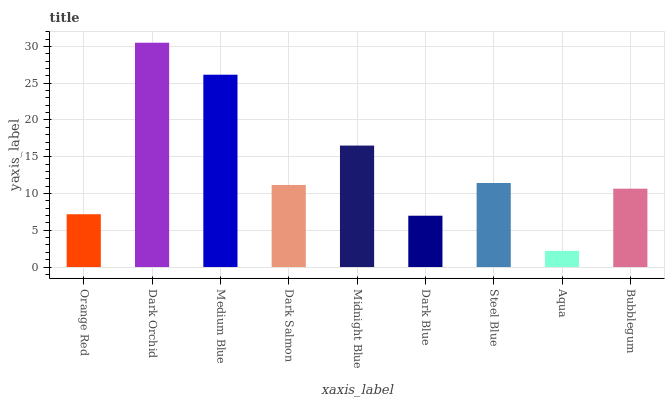
| xaxis_label | bars |
 | --- | --- |
 | Orange Red | 7.18 |
 | Dark Orchid | 30.5 |
 | Medium Blue | 26.1 |
 | Dark Salmon | 11.2 |
 | Midnight Blue | 16.5 |
 | Dark Blue | 6.98 |
 | Steel Blue | 11.4 |
 | Aqua | 2.2 |
 | Bubblegum | 10.7 |